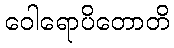
ဝေါရောပိတောတိ